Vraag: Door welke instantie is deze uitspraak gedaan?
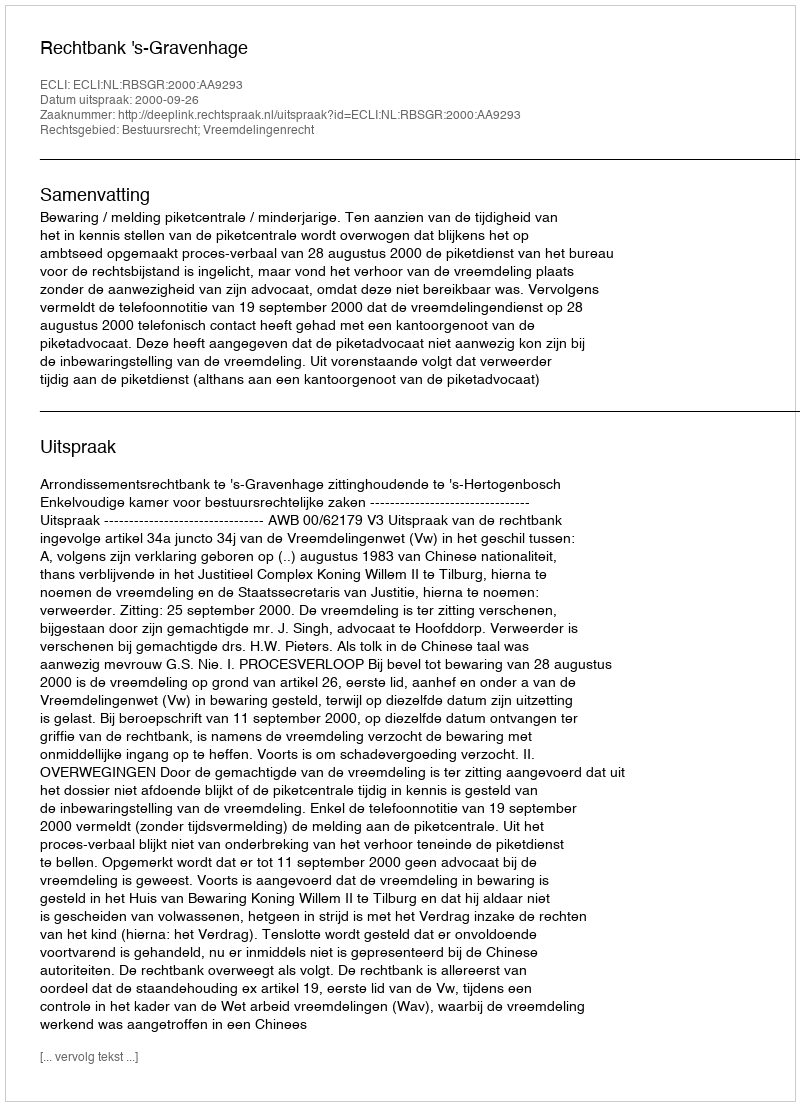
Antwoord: Rechtbank 's-Gravenhage